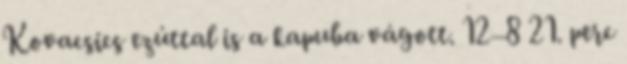
Kovacsics ezúttal is a kapuba vágott. 12–8 21. perc